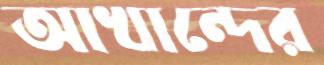
আখান্দের